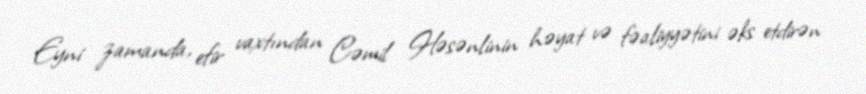
Eyni zamanda, efir vaxtından Cəmil Həsənlinin həyat və fəaliyyətini əks etdirən